Annual report on the health of the army in India
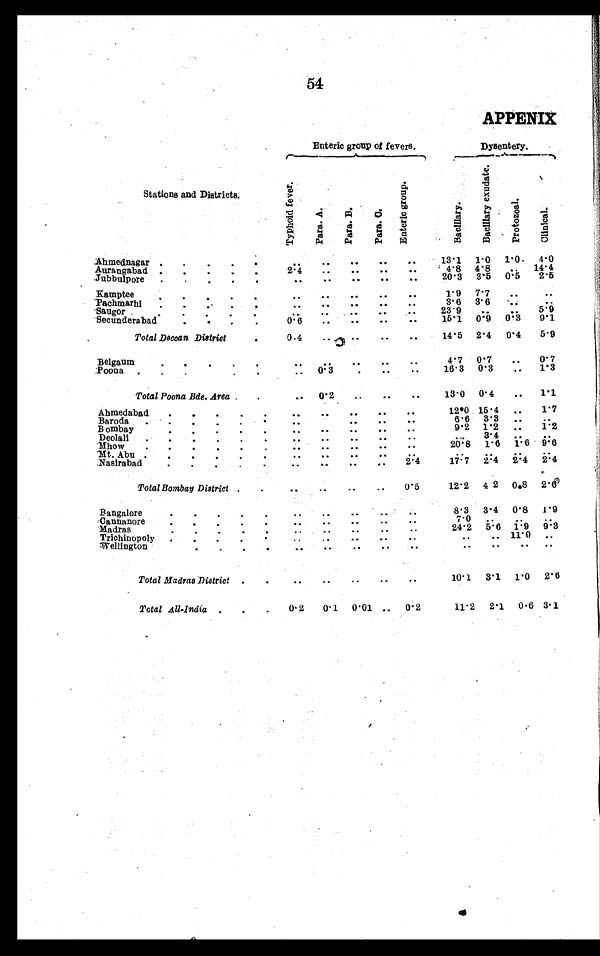
54
APPENIX
Enteric group of fevers.
Dysentery.
Stations and Districts.
T y p h o i d f e v e r .
P a r a . A . P a r a . B .
P a r a . C .
E n t e r i c g r o u p .
B a c i l l a r y .
B a c i l l a r y e x u d a t e .
P r o t o z o a l . C l i n i c a l .
Ahmednagar ..
..
. . . .
. . ..
. . 13.1 1.0
1 . 0 4.0
Aurangabad ..
..
2.4
. .
. .
. .
. .
4 . 8
4 . 8
. .
1 4 . 4
Jubbulpore ..
..
.
. . . .
. .
. .
. .
2 0 . 3
3 . 5
0 . 5
2 . 5
Kamptee..
.
. . . .
. .
. .
. .
1 . 9
7 . 7
. .
. .
Pachmarhi
. . . .
. .
. .
. .
3 . 6
3 . 6
. . . .
Saugor.
.
. . . .
. . ..
.. 23.9
. .
. .
5 . 9
Secunderabad
0.6
. .
. .
. .
. .
1 5 . 1
0 . 9
0 . 3
9 . 1
Total Deccan District
.
0.4
. . . .
. .
. . 14.5 2.4 0.4 5.9
Belgaum
. . . .
. .
. . . .
4.7 0.7
. . 0.7
Poona ..
..
. . 0.3
. .
. . . .
1 6 . 3
0 . 3
. .
1 . 3
Total Poona Bde. Area ..
. . 0.2
. .
. . . .
13.0 0.4
. . 1.1
Ahmedabad ...
. . . . . .
. .
. .
1 2 . 0 15.4
. . 1.7
Baroda .
. . . .
. .
. .
6 . 6 3.3
. .
. .
Bombay
..
..
.
. . . .
. .
. .
. .
9 . 2
1 . 2 . .
1 . 2 . .
Deolali
. .
. .
. .
. .
. .
3 . 4
. . . .
Mhow ..
..
..
. .
. .
. .
. .
2 0 . 8
1 . 6
1 . 6
9 . 6
Mt. Abu .. ..
. . . .
. .
. .
. .
. .
. . .. . .
Nasirabad
.
. . . . . .
. . 2.4
1 7 . 7
2 . 4
2 . 4
2 . 4
Total Bombay District ..
. . . .
. .
. . 0.5
12.2 4 2 0.8 2.6
..
. .
. . ..
..
8 . 3 3.4 0.8 1.9
Bangalore
..
. .
. .
. . ..
7 . 0
. .
. .
. .
Cannanore..
..
.
.. . .
. .
. . . .
24.2 5.6 1.9 9.3
Madras
. . . .
. .
. . . .
. .
. . 11.0
. .
Trichinopoly ..
..
. ..
. . . .
. . . .
. .
. .
. .
. .
Wellington
. .
. .
. . . .
. .
. .
. .
. .
Total Madras District ..
. . . .
. .
. . . .
10.1 3.1 1.0 2.6
Total All-India ..
. 0.2 0.1 0.01 . . 0.2
11.2 2.1 0.6 3.1